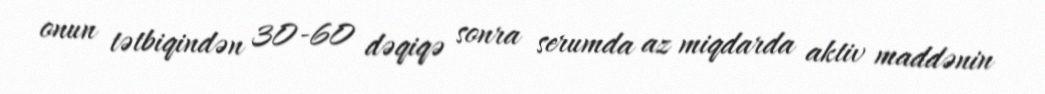
onun tətbiqindən 30-60 dəqiqə sonra serumda az miqdarda aktiv maddənin